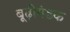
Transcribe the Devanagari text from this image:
बूढ़ीगंडक